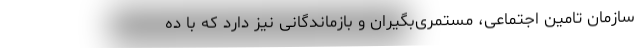
سازمان تامین اجتماعی، مستمری‌بگیران و بازماندگانی نیز دارد که با ده